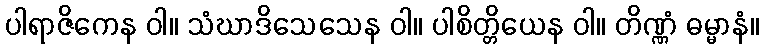
ပါရာဇိကေန ဝါ။ သံဃာဒိသေသေန ဝါ။ ပါစိတ္တိယေန ဝါ။ တိဏ္ဏံ ဓမ္မာနံ။